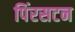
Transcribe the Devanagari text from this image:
पिंरसटन